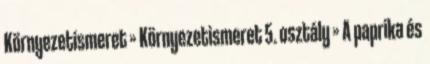
Környezetismeret » Környezetismeret 5. osztály » A paprika és